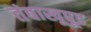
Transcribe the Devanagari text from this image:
तंबाखूपूड